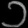
Digit: ၁